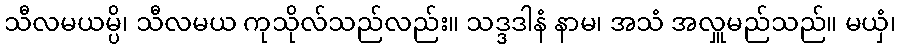
သီလမယမ္ပိ၊ သီလမယ ကုသိုလ်သည်လည်း။ သဒ္ဒဒါနံ နာမ၊ အသံ အလှူမည်သည်။ မယှံ၊